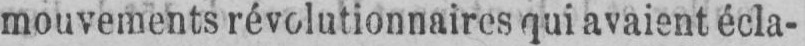
mouvements révolutionnaires qui avaient écla-